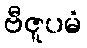
ဗီဇူပမံ